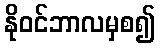
နိုဝင်ဘာလမှစ၍